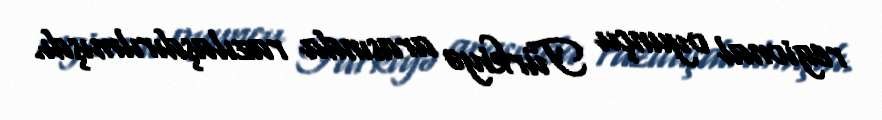
regional oyunçu Türkiyə arasında razılaşdırılmışdı.